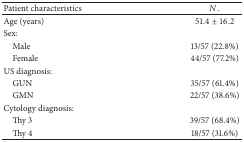
<table><thead><tr><td><b>Patient characteristics</b></td><td><b><i>N</i>.</b></td></tr></thead><tbody><tr><td>Age (years)</td><td>51.4 ± 16.2</td></tr><tr><td>Sex:</td><td> </td></tr><tr><td> Male</td><td>13/57 (22.8%)</td></tr><tr><td> Female</td><td>44/57 (77.2%)</td></tr><tr><td>US diagnosis:</td><td> </td></tr><tr><td> GUN</td><td>35/57 (61.4%)</td></tr><tr><td> GMN</td><td>22/57 (38.6%)</td></tr><tr><td>Cytology diagnosis:</td><td> </td></tr><tr><td> Thy 3</td><td>39/57 (68.4%)</td></tr><tr><td> Thy 4</td><td>18/57 (31.6%)</td></tr></tbody></table>